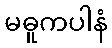
မဓူကပါနံ